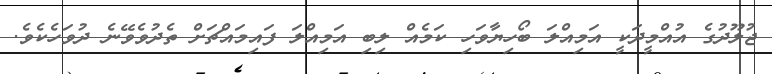
ޖުލޫދުގެ އުއްމީދަކީ އަމިއްލަ ބޯހިޔާވަހި ކަމެއް ލިބި އަމިއްލަ ފައިމައްޗަށް ތެދުވެވޭނެ ދުވަހެކެވެ.